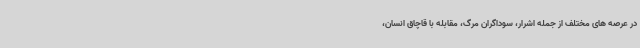
در عرصه های مختلف از جمله اشرار، سوداگران مرگ، مقابله با قاچاق انسان،